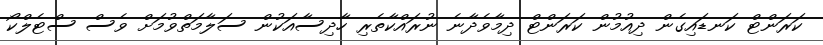
ކަރަންޓް ކަނޑައިގެން ދިއުމުން ކަރަންޓް ދިމާވެދާނެ ނުރައްކާތެރި ހާދިސާއަކުން ސަލާމަތްވުމަށް ވެސް ސްޓެލްކޯ